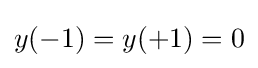
y(-1)=y(+1)=0